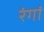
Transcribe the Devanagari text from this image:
रंगां